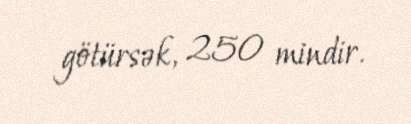
götürsək, 250 mindir.